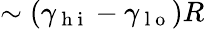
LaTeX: \sim(\gamma_{\mathrm{~h~i~}}-\gamma_{\mathrm{~l~o~}})R